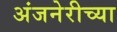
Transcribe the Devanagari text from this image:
अंजनेरीच्या